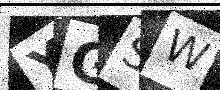
Text: YGSW